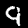
Digit: 9